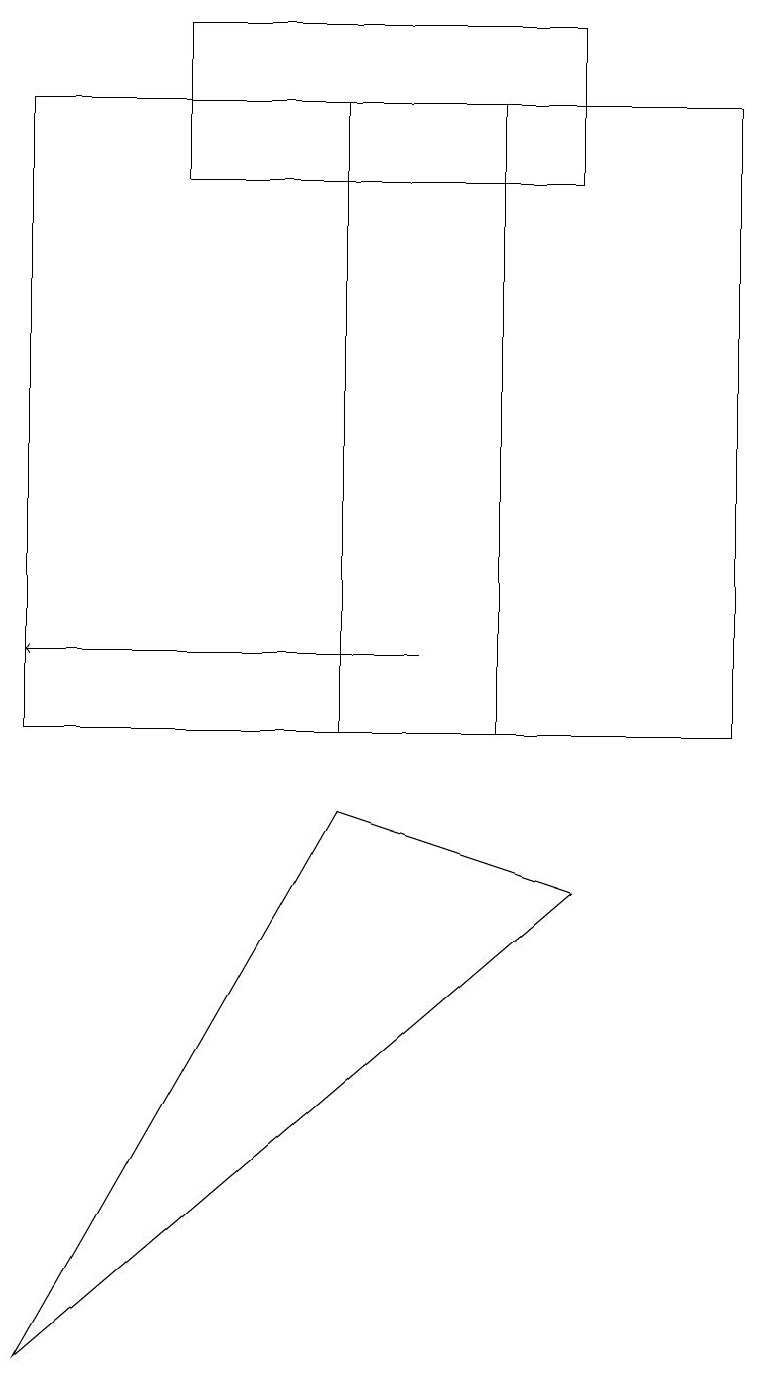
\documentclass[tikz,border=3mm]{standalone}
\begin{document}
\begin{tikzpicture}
\draw (0,10) rectangle (9,18);
\draw (7,19) rectangle (2,17);
\draw (6,18) rectangle (4,10);
\draw[->] (5,11) -- (0,11);
\draw (7,8) -- (0,2) -- (4,9) -- cycle;
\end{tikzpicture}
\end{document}